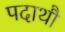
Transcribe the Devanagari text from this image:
पदाथौ